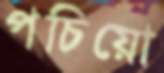
পচিয়ো